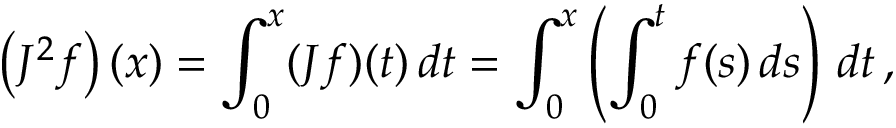
\left( J ^ { 2 } f \right) ( x ) = \int _ { 0 } ^ { x } ( J f ) ( t ) \, d t = \int _ { 0 } ^ { x } \left( \int _ { 0 } ^ { t } f ( s ) \, d s \right) \, d t \, ,